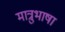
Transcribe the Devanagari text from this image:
मात्रुभाषा